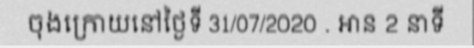
ចុងក្រោយនៅថ្ងៃទី 31/07/2020 . អាន 2 នាទី